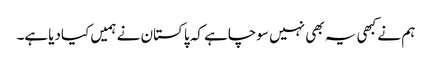
ہم نے کبھی یہ بھی نہیں سوچاہے کہ پاکستان نے ہمیں کیادیاہے۔